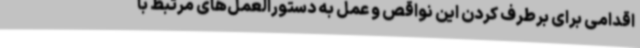
اقدامی برای برطرف کردن این نواقص و عمل به دستورالعمل‌های مرتبط با